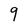
Character: 9